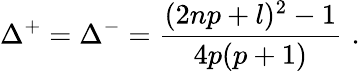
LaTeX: \Delta^{+}=\Delta^{-}=\displaystyle\frac{(2np+l)^{2}-1}{4p(p+1)}\, \, .